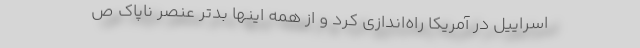
اسراییل در آمریکا راه‌اندازی کرد و از همه اینها بدتر عنصر ناپاک ص